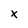
Character: x